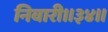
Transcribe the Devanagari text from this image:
निवारी॥३४॥